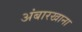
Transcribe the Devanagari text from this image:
अंबारखाना